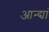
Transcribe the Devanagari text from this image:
आन्द्यां